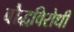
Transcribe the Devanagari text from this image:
बौद्धविरोधी